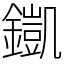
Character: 𨬫